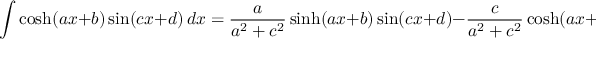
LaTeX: \int \cosh ( a x + b ) \sin ( c x + d ) \, d x = { \frac { a } { a ^ { 2 } + c ^ { 2 } } } \sinh ( a x + b ) \sin ( c x + d ) - { \frac { c } { a ^ { 2 } + c ^ { 2 } } } \cosh ( a x + b ) \cos ( c x + d ) + C